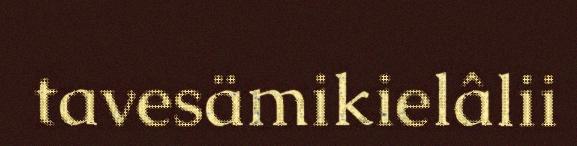
tavesämikielâlii